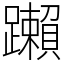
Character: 䠭